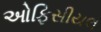
ઓફિસીયલ